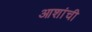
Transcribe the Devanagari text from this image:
आशांची